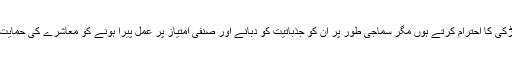
وہ ذاتی طور پر لڑکی کا احترام کرتے ہوں مگر سماجی طور پر ان کو جذباتیت کو دبانے اور صنفی امتیاز پر عمل پیرا ہونے کو معاشرے کی حمایت حاصل ہوتی ہے۔